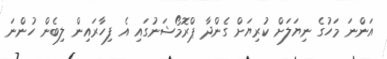
އަންނަ މަހުގެ ނިޔަލަށް ކުރިޔަށް ގެންދާ ޕްރޮމޯޝަނުގައި އެ ފިހާރައިން ލިބެން ހުންނަ